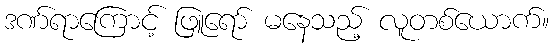
ဒဏ်ရာကြောင့် ဖြူရော် မနေသည့် လူတစ်ယောက်။